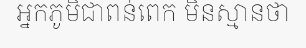
អ្នកភូមិជាពន់ពេក មិនស្មានថា